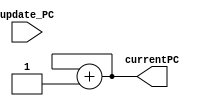
// This program was cloned from: https://github.com/BlackWatch0/EEE228_Microprocessor
// License: GNU General Public License v3.0

`timescale 1ns / 1ps
//////////////////////////////////////////////////////////////////////////////////
// Company: 
// Engineer: 
// 
// Design Name: 
// Module Name: Program_counter
// Project Name: 
// Target Devices: 
// Tool Versions: 
// Description: 
// 
// Dependencies: 
// 
// Revision:
// Revision 0.01 - File Created
// Additional Comments:
// 
//////////////////////////////////////////////////////////////////////////////////


module Program_counter(
    input update_PC,
    output reg [4:0] currentPC=5'b11111
);


always @(update_PC) begin
    currentPC <= currentPC + 5'b00001;
end

endmodule